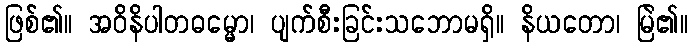
ဖြစ်၏။ အဝိနိပါတဓမ္မော၊ ပျက်စီးခြင်းသဘောမရှိ။ နိယတော၊ မြဲ၏။